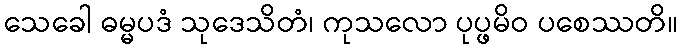
သေခေါ ဓမ္မပဒံ သုဒေသိတံ၊ ကုသလော ပုပ္ဖမိဝ ပစေဿတိ။